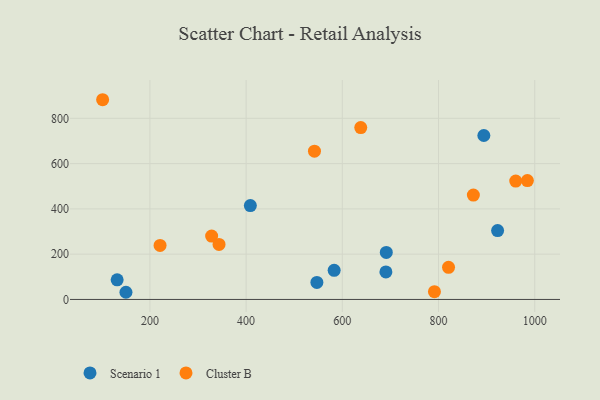
{"axis": {"x": "Price", "y": "Sales"}, "legend": ["Cluster B", "Scenario 1"], "data": [{"x": "150.2", "y": 31.7, "type": "Scenario 1"}, {"x": "894.2", "y": 724.2, "type": "Scenario 1"}, {"x": "131.9", "y": 86.7, "type": "Scenario 1"}, {"x": "408.8", "y": 414.4, "type": "Scenario 1"}, {"x": "691.4", "y": 207.7, "type": "Scenario 1"}, {"x": "547.1", "y": 75.2, "type": "Scenario 1"}, {"x": "922.8", "y": 304.1, "type": "Scenario 1"}, {"x": "690.6", "y": 121.4, "type": "Scenario 1"}, {"x": "583.0", "y": 128.5, "type": "Scenario 1"}, {"x": "101.7", "y": 882.1, "type": "Cluster B"}, {"x": "328.3", "y": 280.1, "type": "Cluster B"}, {"x": "984.7", "y": 525.0, "type": "Cluster B"}, {"x": "638.3", "y": 759.0, "type": "Cluster B"}, {"x": "820.8", "y": 141.8, "type": "Cluster B"}, {"x": "343.7", "y": 243.0, "type": "Cluster B"}, {"x": "542.1", "y": 654.8, "type": "Cluster B"}, {"x": "791.5", "y": 34.3, "type": "Cluster B"}, {"x": "221.1", "y": 238.4, "type": "Cluster B"}, {"x": "960.5", "y": 522.6, "type": "Cluster B"}, {"x": "872.4", "y": 460.8, "type": "Cluster B"}]}